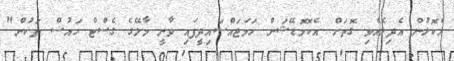
އެކޮޅުން އެދިލެއްވި ގޮތަށް އެކޮމޮޑޭޝަން ހަމަޖައްސައިދީފައި ވާނީ މާލޭގެ ގެސްޓް ހައުސް ތަކުން"